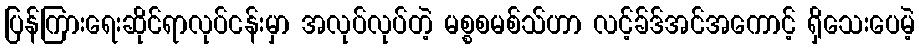
ပြန်ကြားရေးဆိုင်ရာလုပ်ငန်းမှာ အလုပ်လုပ်တဲ့ မစ္စစမစ်သ်ဟာ လင့်ခ်ဒ်အင်အကောင့် ရှိသေးပေမဲ့